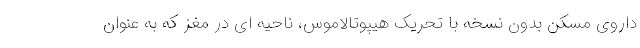
داروی مسکن بدون نسخه با تحریک هیپوتالاموس، ناحیه ای در مغز که به عنوان